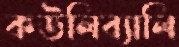
কউলিব্যালি